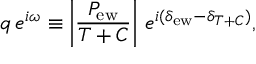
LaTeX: q \, e ^ { i \omega } \equiv \left| \frac { P _ { \mathrm { e w } } } { T + C } \right| \, e ^ { i ( \delta _ { \mathrm { e w } } - \delta _ { T + C } ) } ,